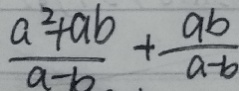
\frac { a ^ { 2 } + a b } { a - b } + \frac { a b } { a - b }